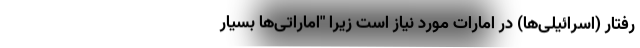
رفتار (اسرائیلی‌ها) در امارات مورد نیاز است زیرا "اماراتی‌ها بسیار